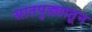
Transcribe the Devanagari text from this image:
सातपुड्यातून